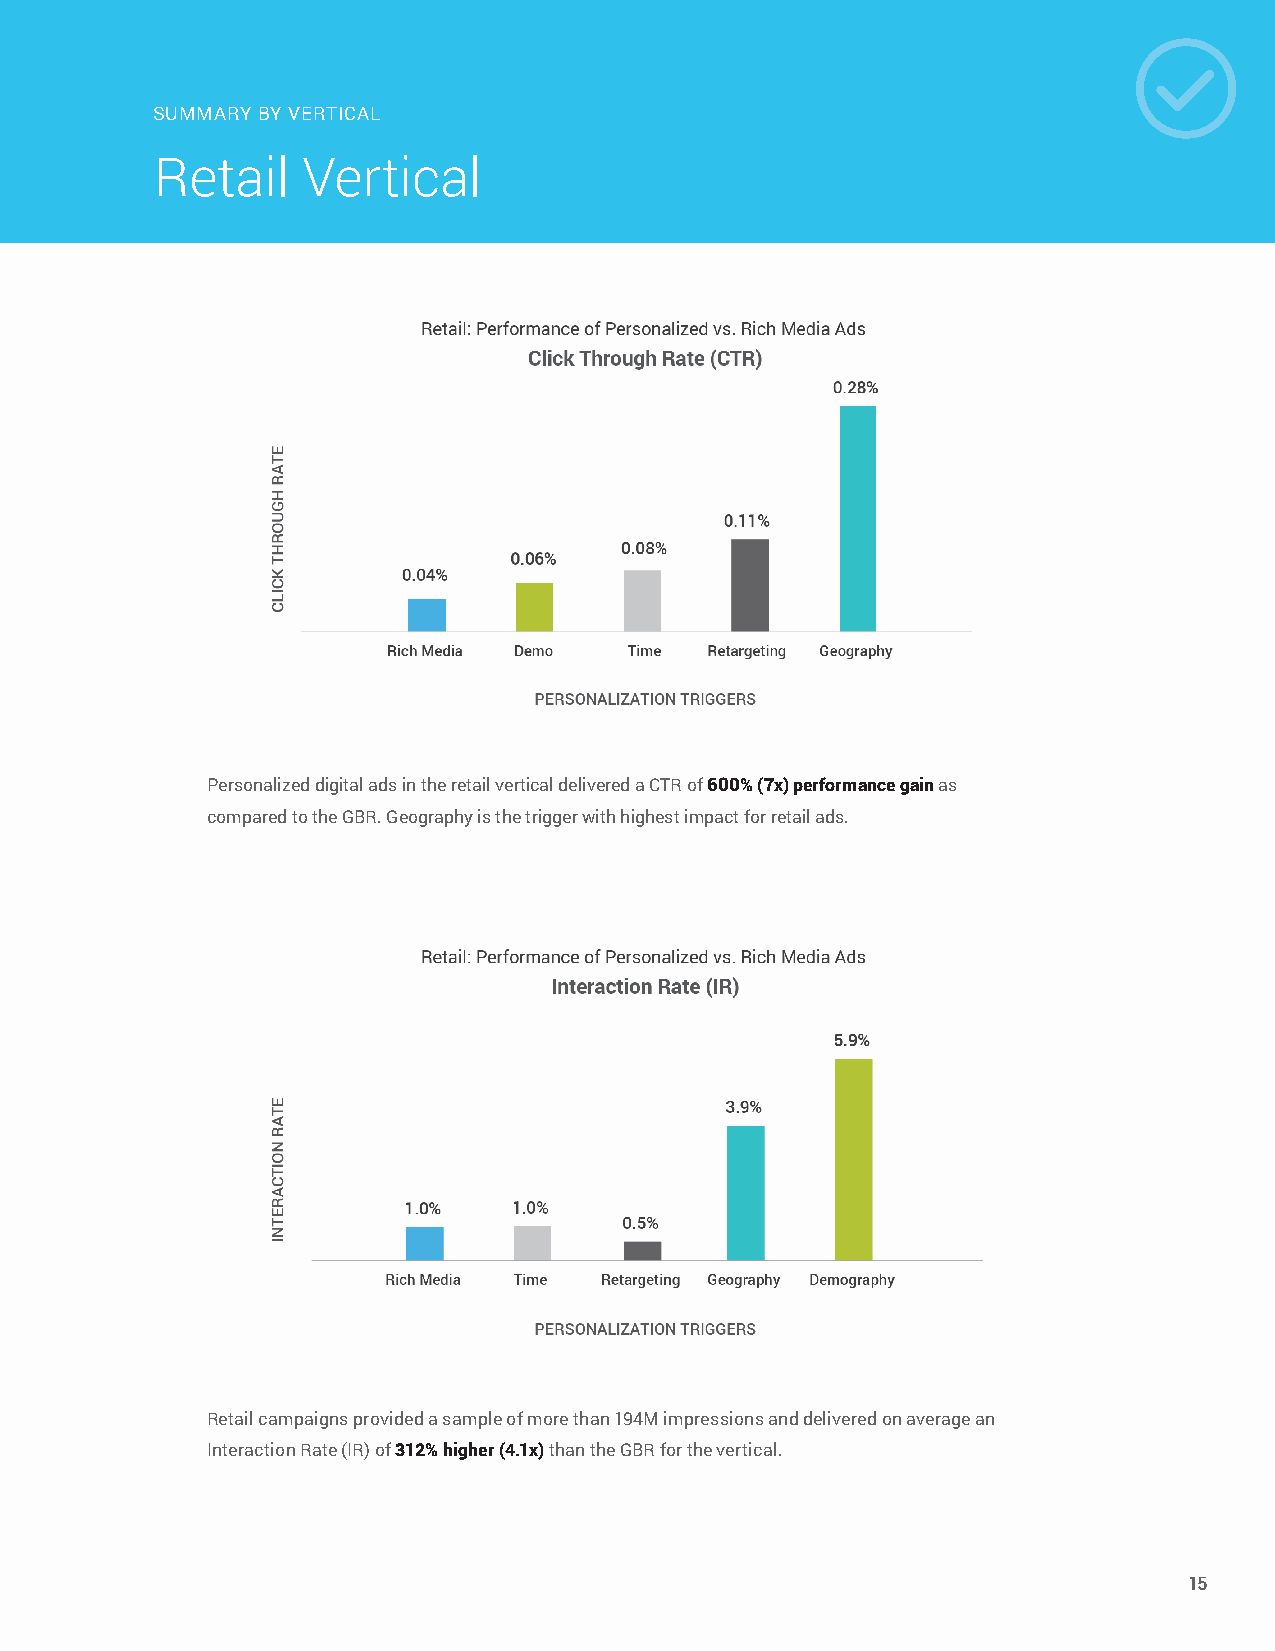
SUMMARY BY VERTICAL
 Retail    Vertical
 Personalized digital ads in the retail vertical delivered a CTR of 600% (7x) performance gain as
 compared to the GBR. Geography is the trigger with highest impact for retail ads.
 Retail campaigns provided a sample of more than 194M impressions and delivered on average an
 Interaction Rate (IR) of 312% higher (4.1x) than the GBR for the vertical.
 15